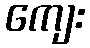
ကျေး